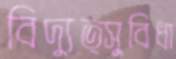
বিদ্যুত্সুবিধা